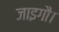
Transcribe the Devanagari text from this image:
जाइगौ।